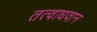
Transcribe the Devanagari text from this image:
तत्वाधवान